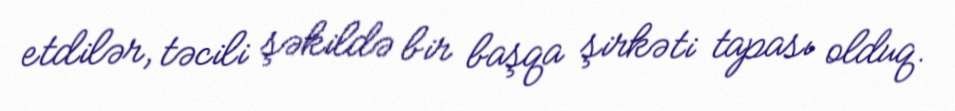
etdilər, təcili şəkildə bir başqa şirkəti tapası olduq.